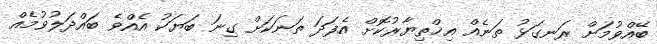
ބޭއްވުމަށް ރަނގަޅު ތަނެއް އިޚްތިޔާރުކޮށް އެފަދަ ތަނަކަށް ގިނަ ބަޔަކު އެއްވެ ބައްދަލުވުމެއް